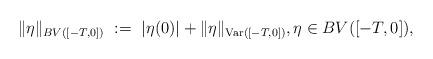
LaTeX: \begin{align*}\|\eta\|_{BV([-T,0])} \ := \ |\eta(0)| + \|\eta\|_{\textup{Var}([-T,0])}, \eta\in BV([-T,0]),\end{align*}